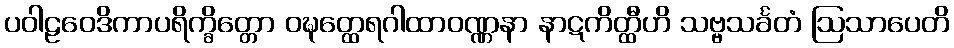
ပဝါဠဝေဒိကာပရိက္ခိတ္တော ဝဍ္ဎတ္ထေရဂါထာဝဏ္ဏနာ နာဋကိတ္ထီဟိ သဗ္ဗသင်္ခတံ ဩသာပေတိ